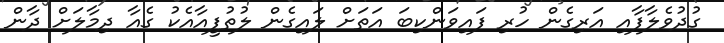
ގުދުވެލާފާއި އަރިގެން ހުރި ފައިވަންކިބަ އަތަށް ލައިގެން ލުތުފީއާއެކު ގެއާ ދިމާލަށް ދާން